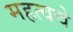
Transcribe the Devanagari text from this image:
महत्वचे